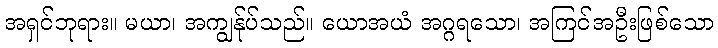
အရှင်ဘုရား။ မယာ၊ အကျွန်ုပ်သည်။ ယောအယံ အဂ္ဂရသော၊ အကြင်အဦးဖြစ်သော